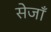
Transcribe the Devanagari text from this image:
सेजाँ